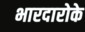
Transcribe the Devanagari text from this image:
भारदारोके